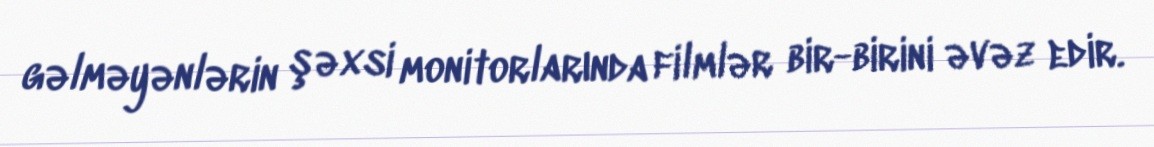
gəlməyənlərin şəxsi monitorlarında filmlər bir-birini əvəz edir.